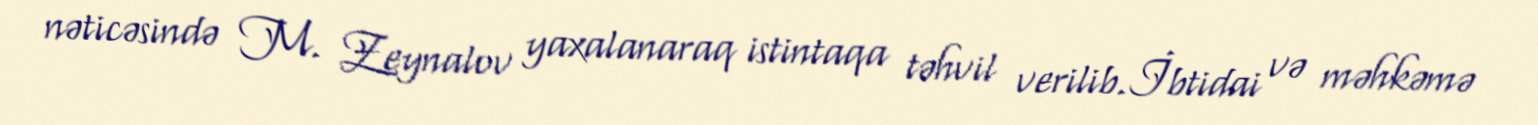
nəticəsində M. Zeynalov yaxalanaraq istintaqa təhvil verilib.İbtidai və məhkəmə